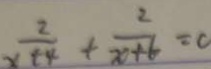
\frac { 2 } { x + 4 } + \frac { 2 } { x + 6 } = 0